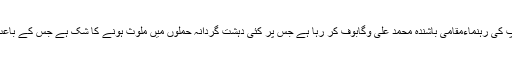
روسی حکام کے مطابق اس گروپ کی رہنماءمقامی باشندہ محمد علی وگابوف کر رہا ہے جس پر کئی دہشت گردانہ حملوں میں ملوث ہونے کا شک ہے جس کے باعث اسے مطلوبہ مجرم قرار دیا گیا۔